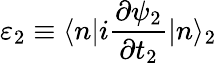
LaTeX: \varepsilon_{2}\equiv\langle n|i\frac{\partial\psi_{2}}{\partial t_{2}}|n\rangle_{2}